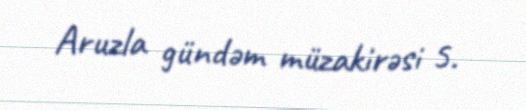
Aruzla gündəm müzakirəsi 5.